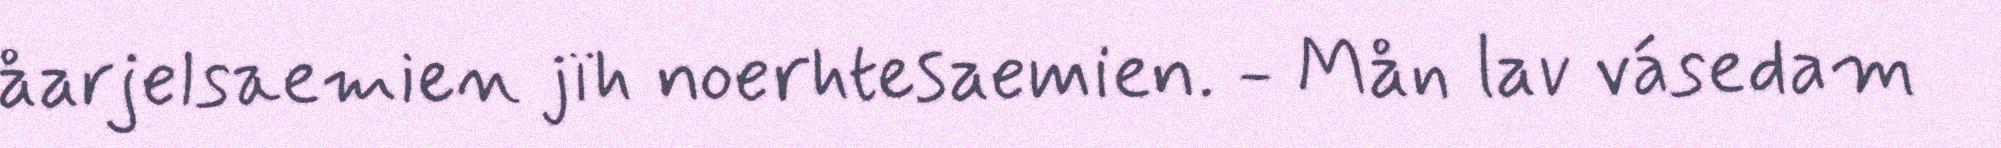
åarjelsaemien jïh noerhtesaemien. - Mån lav vásedam